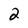
Character: 2